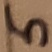
Text: 5